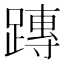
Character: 𨄔